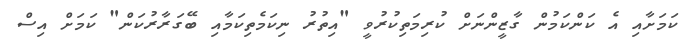
ކަމަށާއި އެ ކަންކަމުން ގާޒީންނަށް ކުރިމަތިކުރުވީ "އިތުރު ނިކަމެތިކަމާއި ބޭގަރާރުކަން" ކަމަށް އިސް